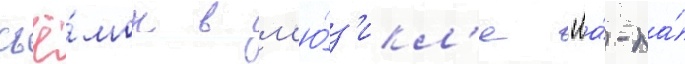
съё́мок в м'ю́з'икл'е "ла́-ла́